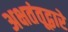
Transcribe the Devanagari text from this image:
अक्षतंतूद्वारे